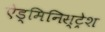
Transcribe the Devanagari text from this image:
ऐड्मिनिस्ट्रेश